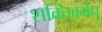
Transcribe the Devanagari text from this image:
शक्तिवर्मन्‌